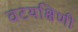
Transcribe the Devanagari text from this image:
वटयक्षिणी